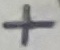
Text: +